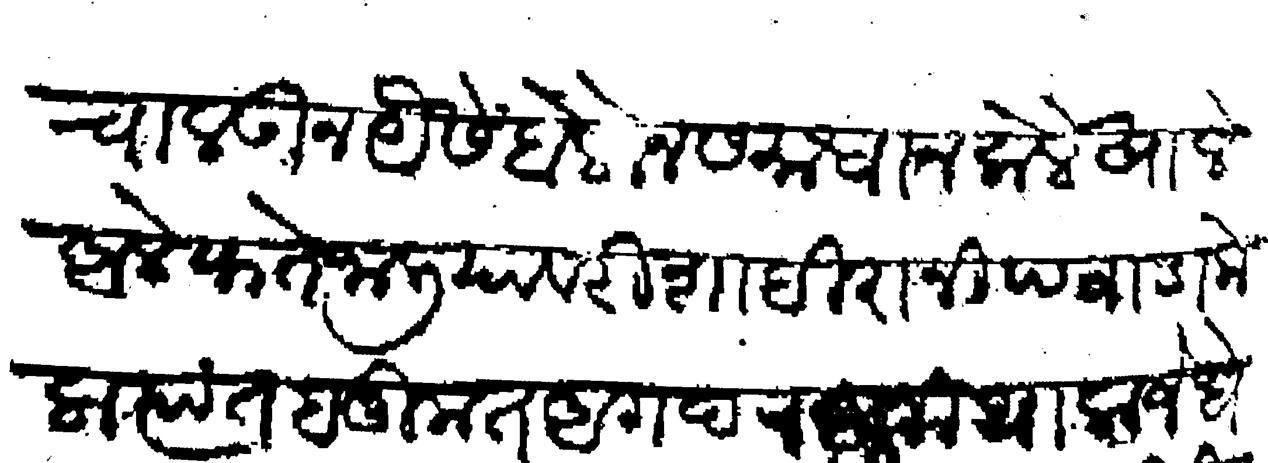
Transliteration (Devanagari): चालऊन यैसे बोलोन समाधान केले खाले आले फते जाली यावरी शाहिरानी पवाडा केला त्यांत हनुमंत अंगद रघुनाथाला जेधे